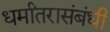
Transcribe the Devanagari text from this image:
धर्मांतरासंबंधी